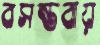
বসন্তবায়